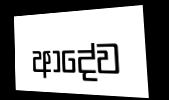
ආදේව